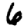
Digit: 6